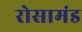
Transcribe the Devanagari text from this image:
रोसामंड